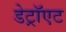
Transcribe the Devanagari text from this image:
डेट्रॉएट